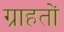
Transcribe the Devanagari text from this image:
ग्राहतों